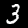
Label: 3